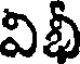
విభీ